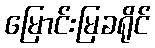
မြောင်းမြခရိုင်